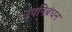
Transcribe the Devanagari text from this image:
उपनिबंधन